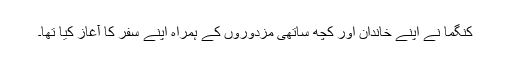
کنگما نے اپنے خاندان اور کچھ ساتھی مزدوروں کے ہمراہ اپنے سفر کا آغاز کیا تھا۔